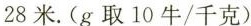
28米.(g取10牛/千克)